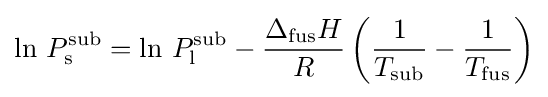
\ln \,P_{\rm {s}}^{\rm {sub}}=\ln \,P_{\rm {l}}^{\rm {sub}}-{\frac {\Delta _{\rm {fus}}H}{R}}\left({\frac {1}{T_{\rm {sub}}}}-{\frac {1}{T_{\rm {fus}}}}\right)